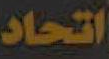
اتحاد